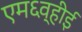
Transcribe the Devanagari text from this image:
एम६व्हीई